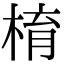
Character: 棛